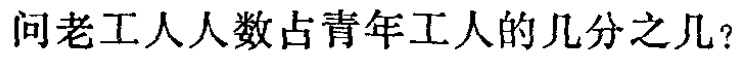
问老工人人数占青年工人的几分之几？